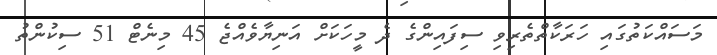
މަސައްކަތުގައި ހަރަކާތްތެރިވި ސިފައިންގެ ދެ މީހަކަށް އަނިޔާވެއްޖެ 45 މިނެޓް 51 ސިކުންތު